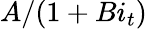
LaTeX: A/(1+Bi_{t})